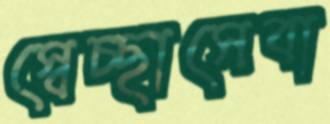
স্বেচ্ছাসেবা